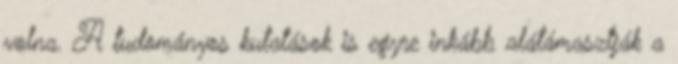
volna. A tudományos kutatások is egyre inkább alátámasztják a